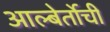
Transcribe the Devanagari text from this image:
आल्बेर्तोची